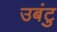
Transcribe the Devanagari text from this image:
उबंटु